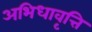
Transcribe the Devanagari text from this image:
अभिधावृत्ति